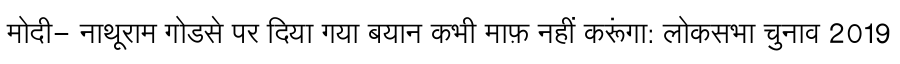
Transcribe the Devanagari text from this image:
मोदी- नाथूराम गोडसे पर दिया गया बयान कभी माफ़ नहीं करूंगा: लोकसभा चुनाव 2019